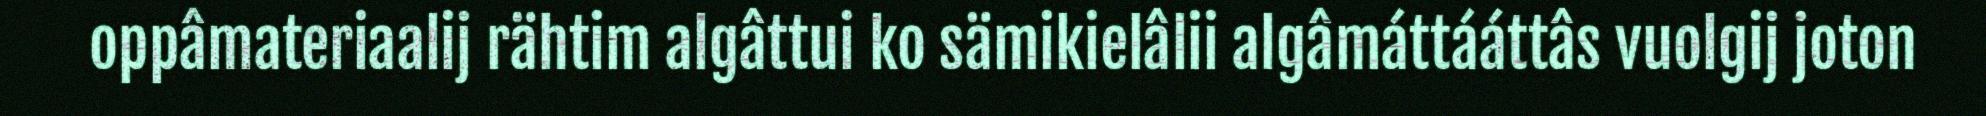
oppâmateriaalij rähtim algâttui ko sämikielâlii algâmáttááttâs vuolgij joton